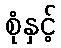
စုံနှင့်